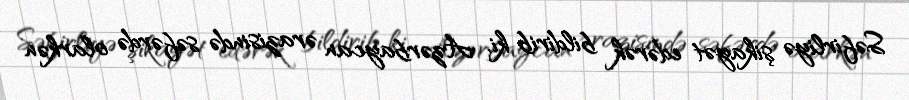
Səfirliyə şikayət edərək bildirib ki, Azərbaycan ərazisində səfərdə olarkən